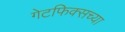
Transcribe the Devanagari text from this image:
गेटफिक्सच्या